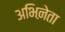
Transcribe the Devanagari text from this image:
अभिऩेता